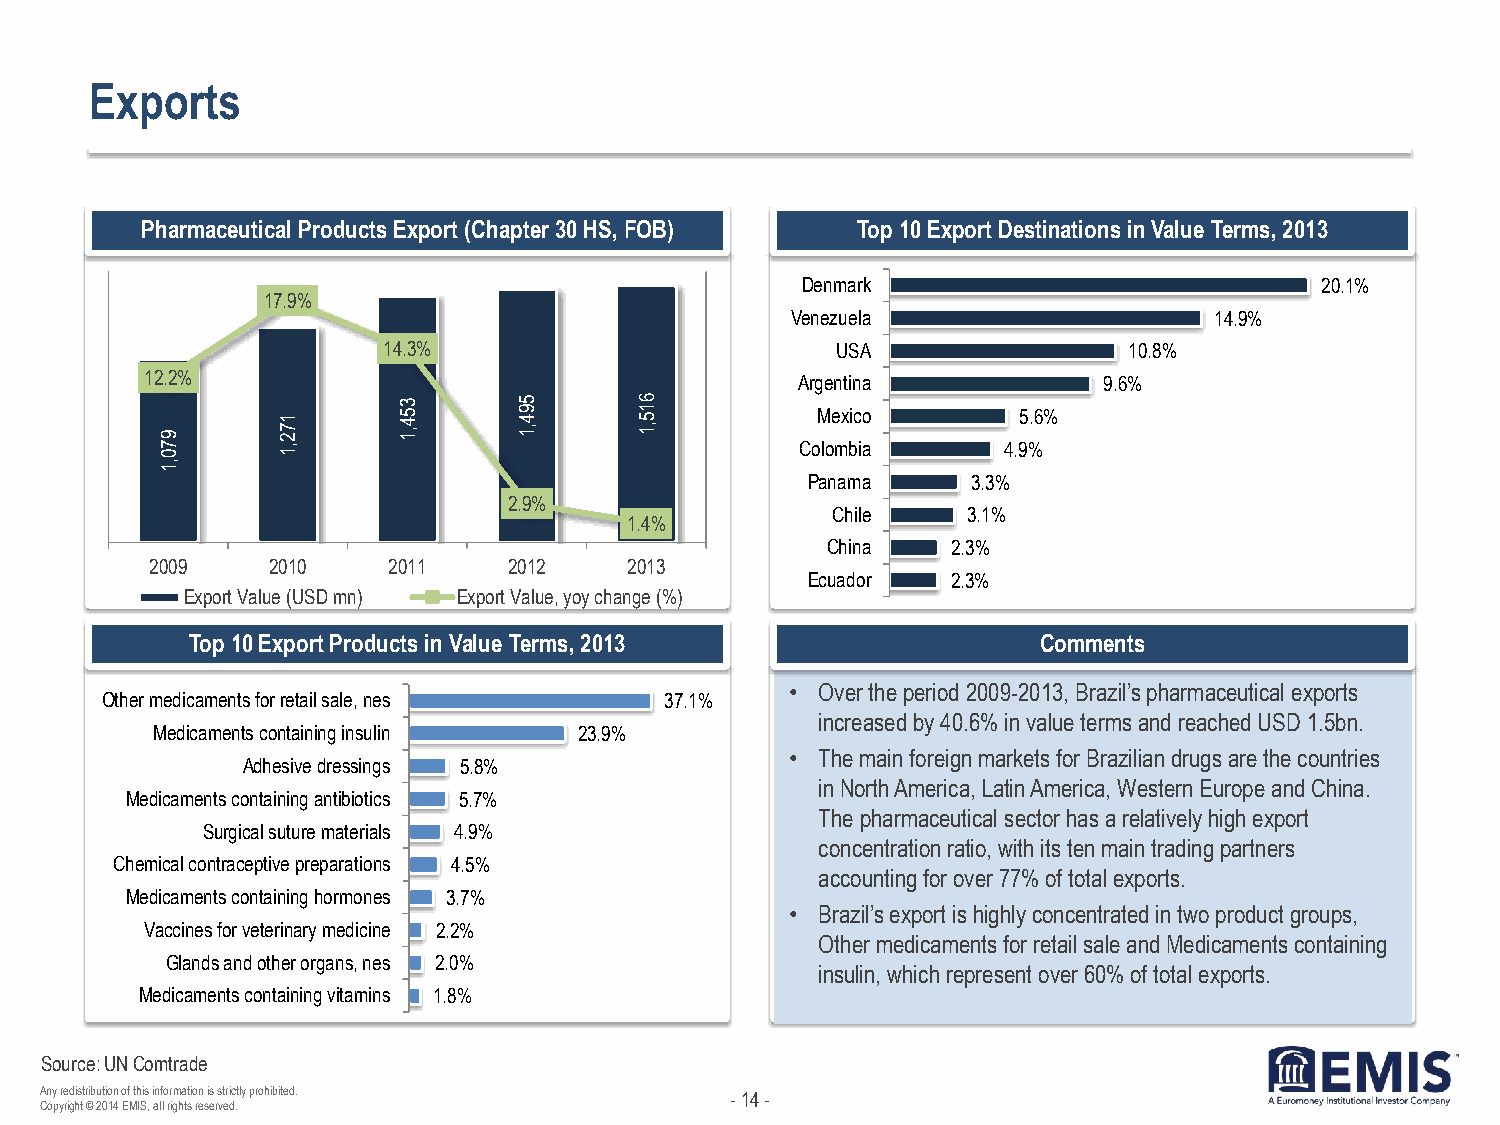
Exports
 Pharmaceutical Products Export (Chapter 30 HS, FOB) Top 10 Export Destinations in Value Terms, 2013
 Denmark                           20.1%
 17.9%
 Venezuela                   14.9%
 14.3%                         USA                 10.8%
 12.2%                                      Argentina           9.6%
 9      1 7 2   3 5 4 ,1 5 9 4 ,1 6 1 5 ,1  Mexico       5.6%
 7
 0
 ,1                                 Colombia     4.9%
 ,1
 Panama     3.3%
 2.9%
 Chile    3.1%
 1.4%
 China   2.3%
 2009    2010    2011    2012    2013
 Ecuador   2.3%
 Export Value (USD mn) Export Value, yoy change (%)
 Top 10 Export Products in Value Terms, 2013             Comments
 • Over the period 2009-2013, Brazil’s pharmaceutical exports
 Other medicaments for retail sale, nes 37.1%
 increased by 40.6% in value terms and reached USD 1.5bn.
 Medicaments containing insulin 23.9%
 • The main foreign markets for Brazilian drugs are the countries
 Adhesive dressings 5.8%
 in North America, Latin America, Western Europe and China.
 Medicaments containing antibiotics 5.7%
 The pharmaceutical sector has a relatively high export
 Surgical suture materials 4.9%
 concentration ratio, with its ten main trading partners
 Chemical contraceptive preparations 4.5%
 accounting for over 77% of total exports.
 Medicaments containing hormones 3.7%
 • Brazil’s export is highly concentrated in two product groups,
 Vaccines for veterinary medicine 2.2%
 Other medicaments for retail sale and Medicaments containing
 Glands and other organs, nes 2.0%
 insulin, which represent over 60% of total exports.
 Medicaments containing vitamins 1.8%
 Source: UN Comtrade
 Any redistribution of this information is strictly prohibited. - 14 -
 Copyright © 2014 EMIS, all rights reserved.